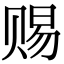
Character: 赐